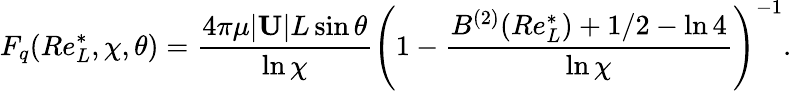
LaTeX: F_{q}(Re_{L}^{*},\chi,\theta)=\frac{4\pi\mu|\mathbf{U}|L\sin\theta}{\ln\chi}\left(1-\frac{B^{(2)}(Re_{L}^{*})+1/2-\ln 4}{\ln\chi}\right)^{-1}.